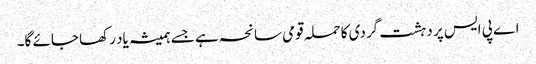
اے پی ایس پر دہشت گردی کا حملہ قومی سانحہ ہے جسے ہمیشہ یاد رکھا جائے گا۔